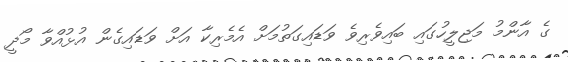
ގެ އާންމު މަޖިލީހުގައި ބައިވެރިވެ ވަޑައިގަތުމަށް އެމެރިކާ އަށް ވަޑައިގެން އުޅުއްވާ މޯދީ